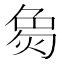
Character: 𬊟